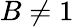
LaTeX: B\neq 1